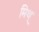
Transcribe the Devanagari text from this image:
मिथ्